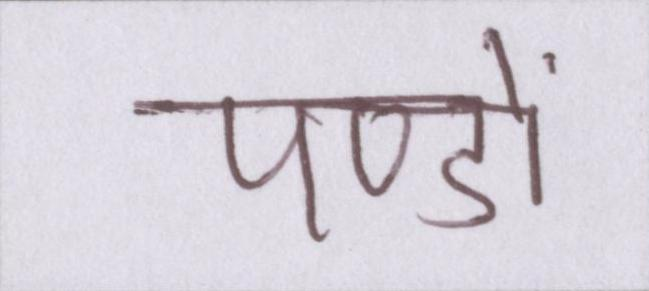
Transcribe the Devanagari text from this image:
पण्डों